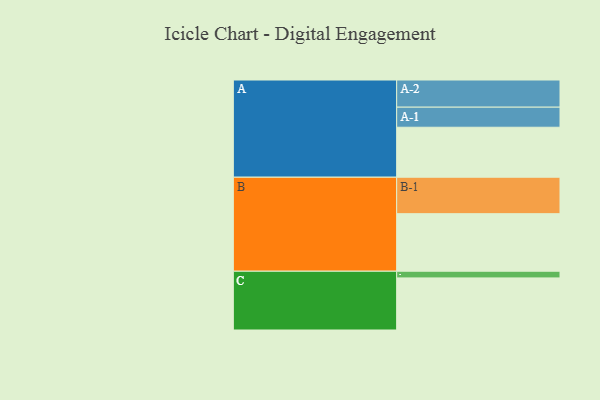
{"axis": {"x": "Segment", "y": "Value"}, "legend": ["", "A", "B", "C"], "data": [{"x": "A", "y": 403, "type": ""}, {"x": "B", "y": 464, "type": ""}, {"x": "C", "y": 420, "type": ""}, {"x": "A-1", "y": 162, "type": "A"}, {"x": "A-2", "y": 219, "type": "A"}, {"x": "B-1", "y": 294, "type": "B"}, {"x": "C-1", "y": 54, "type": "C"}]}